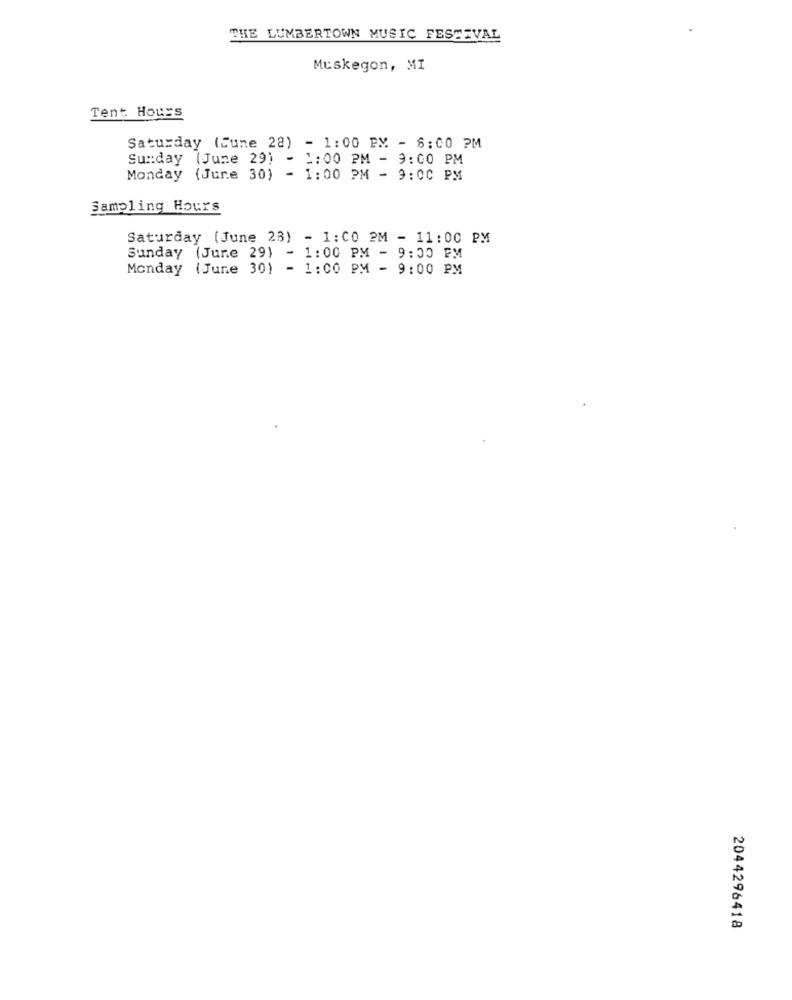
THE LUMBERTOWN MUSIC FESTIVAL
Muskegon, MI
Tent HouEs
Saturday (Cune 28) - 1:00 PM - 8:00 PM
Sunday (June 29) - 1:00 PM - 9: 00 PM
Monday (June 30) - 1:00 PM - 9:00 PM
Sampling Hours
Saturday (June 23) - 1:00 PM - 11: 00 PM
Sunday (June 29) - 1:00 PM - 9:00 PM
Monday (June 30) - 1:00 PM - 9:00 PM
2044296418